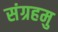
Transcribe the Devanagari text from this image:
संग्रहमु